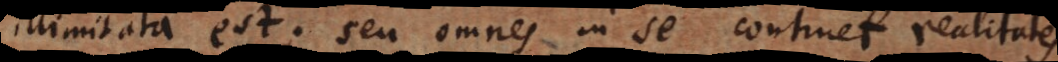
illimitata est; seu omnes in se continet realitates.